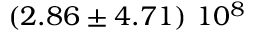
\left( 2 . 8 6 \pm 4 . 7 1 \right) \, 1 0 ^ { 8 }